Senior Leaving Certificate Examination (including Day School Certificate (Higher) General paper), 1948
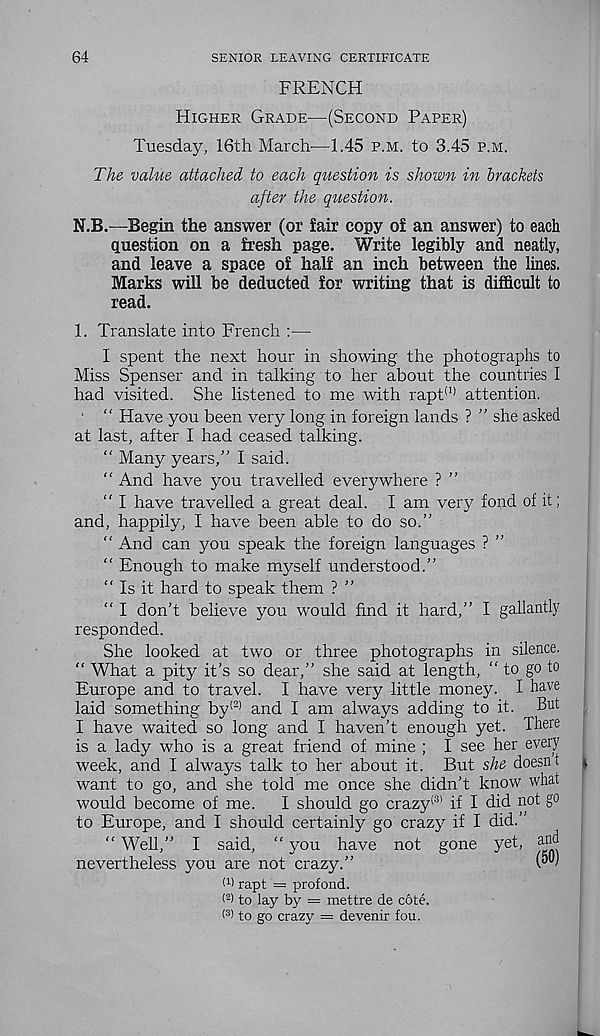
64
SENIOR LEAVING CERTIFICATE
FRENCH
Higher Grade—(Second Paper)
Tuesday, 16th March—1.45 p.m. to 3.45 p.m.
The value attached to each question is shown in brackets
after the question.
N.B.—Begin the answer (or fair copy of an answer) to each
question on a fresh page. Write legibly and neatly,
and leave a space of half an inch between the lines.
Marks will be deducted for writing that is difficult to
read.
1. Translate into French :—
I spent the next hour in showing the photographs to
Miss Spenser and in talking to her about the countries I
had visited. She listened to me with rapt (1) attention.
' “ Have you been very long in foreign lands ? ” she asked
at last, after I had ceased talking.
“ Many years,” I said.
“ And have you travelled everywhere ? ”
“ I have travelled a great deal. I am very fond of it;
and, happily, I have been able to do so.”
“ And can you speak the foreign languages ? ”
“ Enough to make myself understood.”
" Is it hard to speak them ? ”
“ I don’t believe you would find it hard,” I gallantly
responded.
She looked at two or three photographs in silence.
“ What a pity it’s so dear,” she said at length, “ to go to
Europe and to travel. I have very little money. I h ave
laid something by (2) and I am always adding to it. But
I have waited so long and I haven’t enough yet. There
is a lady who is a great friend of mine ; I see her every
week, and I always talk to her about it. But she doesnt
want to go, and she told me once she didn’t know what
would become of me.
I should go crazy {3) if I did not go
to Europe, and I should certainly go crazy if I did.”
“ Well,” I said, “ you have not gone yet, and
nevertheless you are not crazy.”
(1 > rapt = profond.
( 2 ) to lay by = mettre de cote.
< 3 > to go crazy = devenir fou.